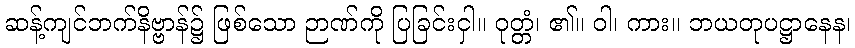
ဆန့်ကျင်ဘက်နိဗ္ဗာန်၌ ဖြစ်သော ဉာဏ်ကို ပြခြင်းငှါ။ ဝုတ္တံ၊ ၏။ ဝါ၊ ကား။ ဘယတုပဋ္ဌာနေန၊